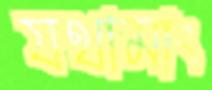
যথামাং